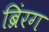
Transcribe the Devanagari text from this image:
ब्रिंरग